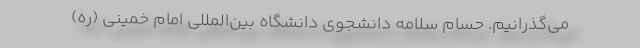
می‌گذرانیم. حسام سلامه دانشجوی دانشگاه بین‌المللی امام خمینی (ره)